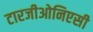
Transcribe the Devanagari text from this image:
टारजीओनिएसी